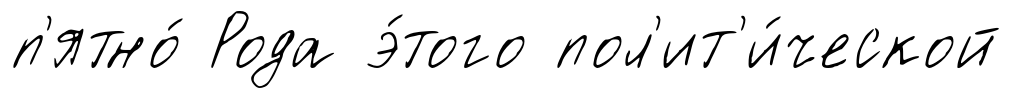
п'ятно́ Рода э́того пол'ит'и́ческой